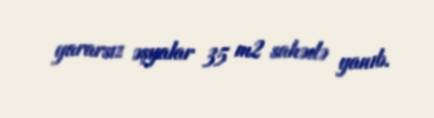
yararsız əşyalar 35 m2 sahədə yanıb.